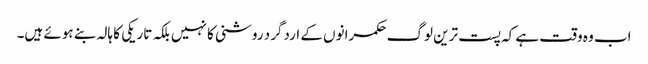
اب وہ وقت ہے کہ پست ترین لوگ حکمرانوں کے اردگرد روشنی کا نہیں بلکہ تاریکی کا ہالہ بنے ہوئے ہیں۔